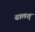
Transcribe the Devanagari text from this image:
ढालश्